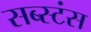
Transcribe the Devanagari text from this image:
सब्स्टंस